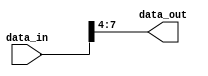
module part_select_example (
    input wire [15:0] data_in,  // Input signal defined as a 16-bit vector
    output wire [3:0] data_out   // Target signal defined as a 4-bit output
);

// Continuous assignment operation to extract bits 4 to 7 from data_in
assign data_out = data_in[7:4]; // Assigning the selected part of the input signal

endmodule